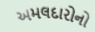
અમલદારોનો